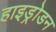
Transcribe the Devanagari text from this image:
हाइड्रोडन